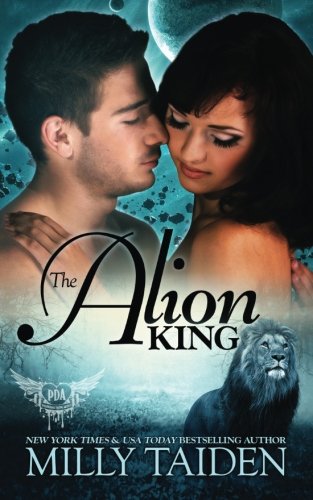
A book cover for The Alion King (Paranormal Dating Agency) (Volume 6); Milly Taiden; Romance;